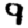
Digit: 9